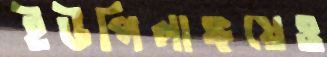
ইউপিলাঙ্গয়েও